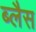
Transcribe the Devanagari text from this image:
ब्लैस